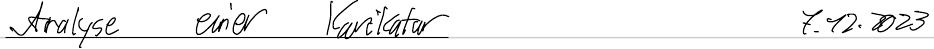
Analyse einer Karikatur   7.12.2023